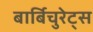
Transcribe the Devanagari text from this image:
बार्बिचुरेट्स